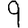
Digit: 9